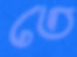
তে